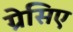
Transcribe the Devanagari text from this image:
ग्रेसिए